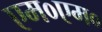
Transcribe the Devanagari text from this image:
एम०एम०